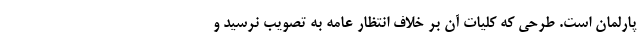
پارلمان است. طرحی که کلیات آن بر خلاف انتظار عامه به تصویب نرسید و